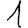
Digit: 1